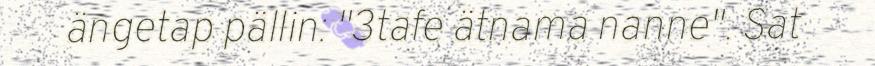
ängetap pällin: "3tafe ätnama nanne". Sat